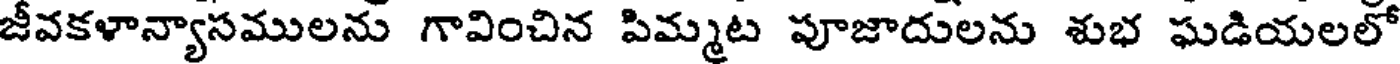
జీవకళాన్యాసములను గావించిన పిమ్మట పూజాదులను శుభ ఘడియలలో